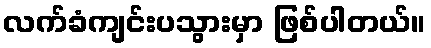
လက်ခံကျင်းပသွားမှာ ဖြစ်ပါတယ်။